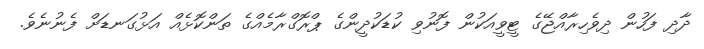
ދާދި ފަހުން ދިވެހިރާއްޖޭގެ ޓީވީއަކުން ފޮނުވި ކުޑަކުދީންގެ ޕްރޮގްރާމެއްގެ ތަންކޮޅެއް އަޅުގަނޑަށް ފެނުނެވެ.